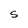
Character: S